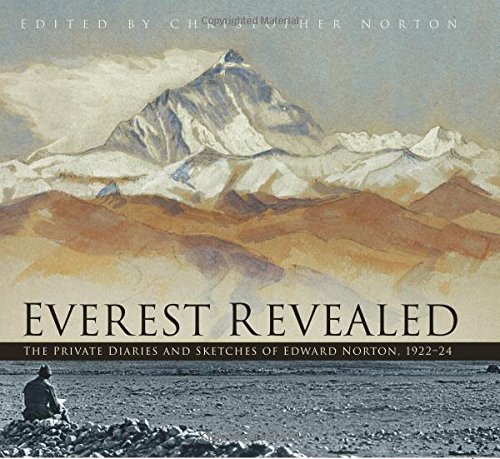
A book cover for Everest Revealed: The Private Diaries and Sketches of Edward Norton, 1922-24; Travel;